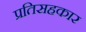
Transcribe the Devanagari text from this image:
प्रतिसहकार